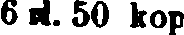
6 rl. 50 kop